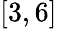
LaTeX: [3,6]